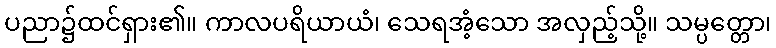
ပညာ၌ထင်ရှား၏။ ကာလပရိယာယံ၊ သေရအံ့သော အလှည့်သို့။ သမ္ပတ္တော၊